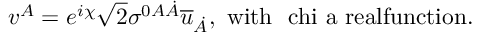
v ^ { A } = e ^ { i \chi } \sqrt { 2 } \sigma ^ { 0 A \dot { A } } \overline { { { u } } } _ { \dot { A } } , \ \mathrm { w i t h ~ \ c h i ~ a ~ r e a l f u n c t i o n . }